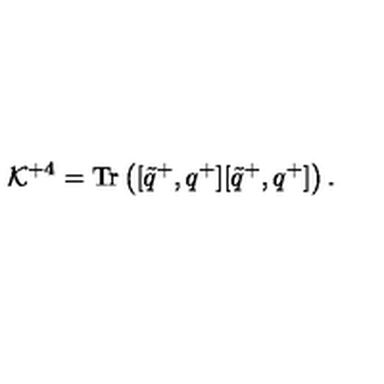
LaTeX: { \cal K } ^ { + 4 } = \mathrm { T r } \left( [ \tilde { q } ^ { + } , q ^ { + } ] [ \tilde { q } ^ { + } , q ^ { + } ] \right) .